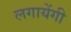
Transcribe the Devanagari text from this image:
लगायेंगी